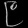
Digit: ၉